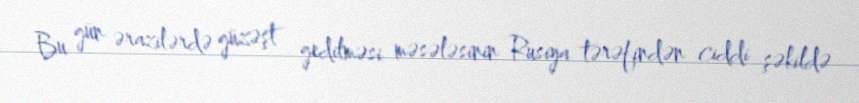
Bu gün ərazilərdə güzəşt gedilməsi məsələsinin Rusiya tərəfindən ciddi şəkildə